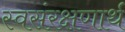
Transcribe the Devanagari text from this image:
स्वसंरक्षणार्थ